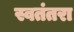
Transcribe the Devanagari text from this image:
स्वतंतरा